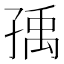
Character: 𡥶